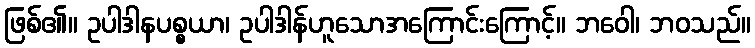
ဖြစ်၏။ ဥပါဒါနပစ္စယာ၊ ဥပါဒါန်ဟူသောအကြောင်းကြောင့်။ ဘဝေါ၊ ဘဝသည်။